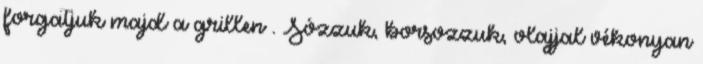
forgatjuk majd a grillen . Sózzuk, borsozzuk, olajjal vékonyan